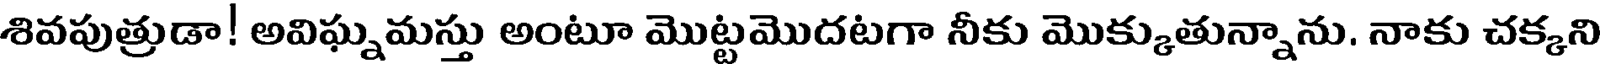
శివపుత్రుడా! అవిఘ్నమస్తు అంటూ మొట్టమొదటగా నీకు మొక్కుతున్నాను. నాకు చక్కని